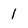
Character: 1